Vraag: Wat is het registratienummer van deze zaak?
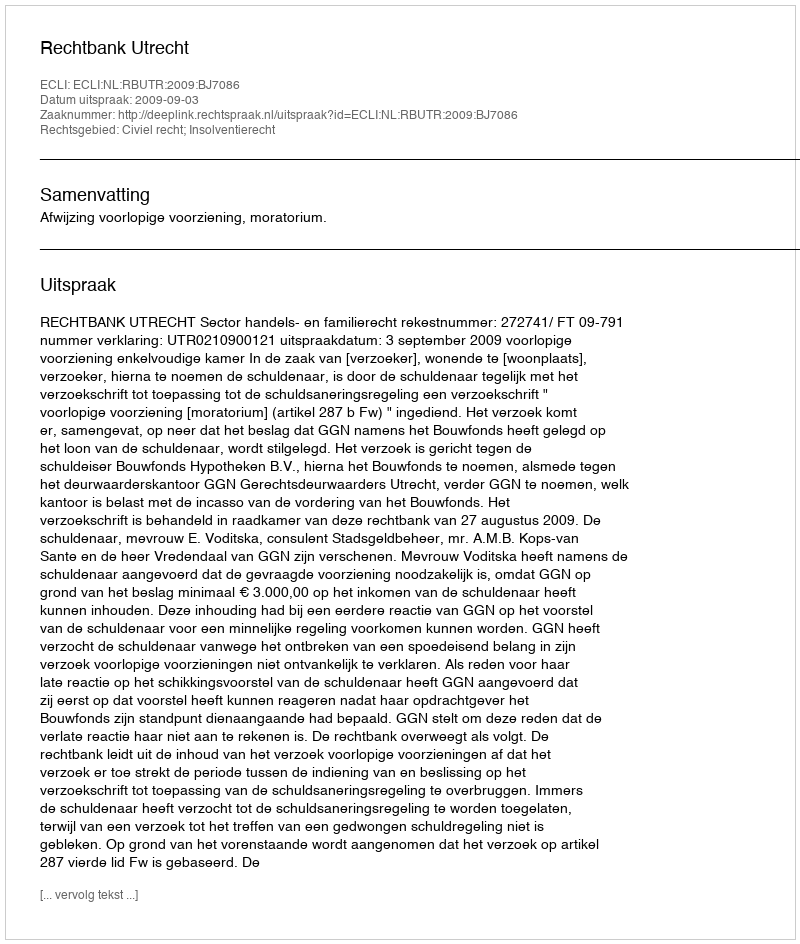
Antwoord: http://deeplink.rechtspraak.nl/uitspraak?id=ECLI:NL:RBUTR:2009:BJ7086